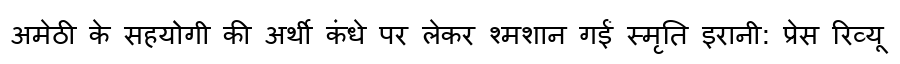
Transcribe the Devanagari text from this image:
अमेठी के सहयोगी की अर्थी कंधे पर लेकर श्मशान गईं स्मृति इरानी: प्रेस रिव्यू